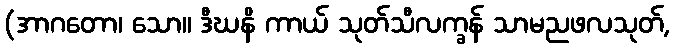
(အာဂတော၊ သော။ ဒီဃနိ ကာယ် သုတ်သီလက္ခန် သာမညဖလသုတ်,